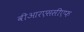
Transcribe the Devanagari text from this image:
वीआरएससीएफ